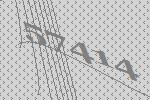
57414